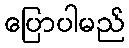
ပြောပါမည်